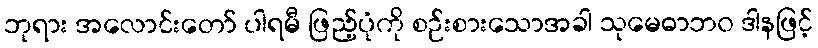
ဘုရား အလောင်းတော် ပါရမီ ဖြည့်ပုံကို စဉ်းစားသောအခါ သုမေဓာဘဝ ဒါနဖြင့်